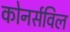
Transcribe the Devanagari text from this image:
कोनर्सविल